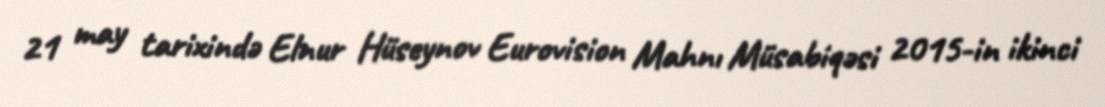
21 may tarixində Elnur Hüseynov Eurovision Mahnı Müsabiqəsi 2015-in ikinci